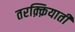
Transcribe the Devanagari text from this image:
तरक़्क़ियाती